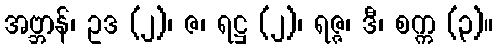
အဗ္ဘာန်၊ ဥဒ (၂)၊ ဇ၊ ရဋ္ဌ (၂)၊ ရဇ္ဇ၊ ဒီ၊ စက္က (၃)။